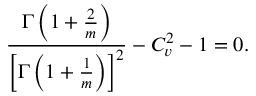
\frac { \Gamma \left( 1 + \frac { 2 } { m } \right) } { \left[ \Gamma \left( 1 + \frac { 1 } { m } \right) \right] ^ { 2 } } - C _ { v } ^ { 2 } - 1 = 0 .